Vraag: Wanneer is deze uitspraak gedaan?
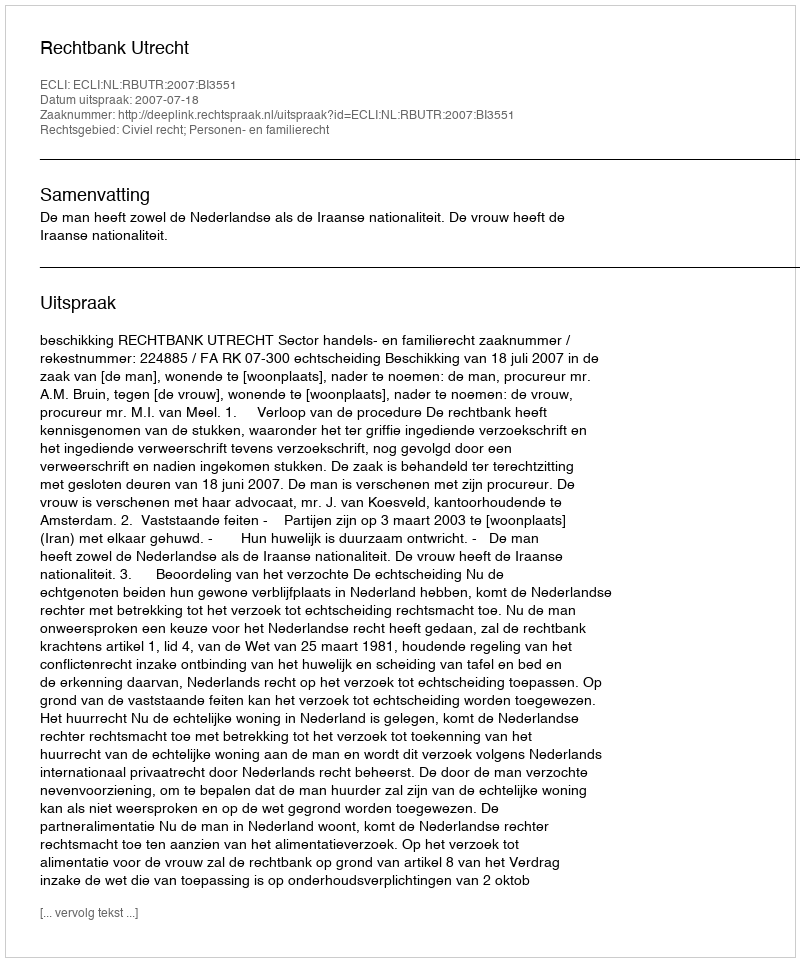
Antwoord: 2007-07-18